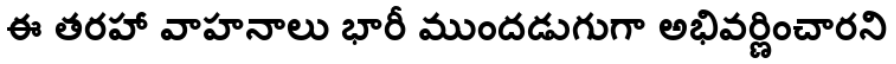
ఈ తరహా వాహనాలు భారీ ముందడుగుగా అభివర్ణించారని